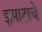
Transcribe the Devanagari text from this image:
झपाटाचे